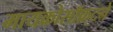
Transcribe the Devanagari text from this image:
मायक्रोसॉफ़्टने